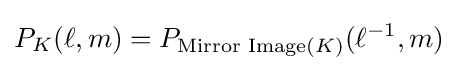
P_{K}(\ell ,m)=P_{{\text{Mirror Image}}(K)}(\ell ^{-1},m)